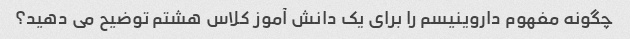
چگونه مفهوم داروینیسم را برای یک دانش آموز کلاس هشتم توضیح می دهید؟